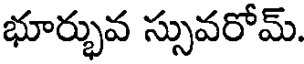
భూర్భువ స్సువరోమ్.